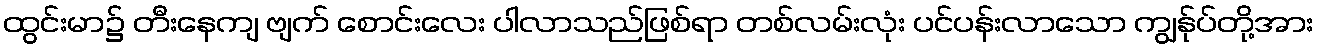
ထွင်းမာ၌ တီးနေကျ ဗျက် စောင်းလေး ပါလာသည်ဖြစ်ရာ တစ်လမ်းလုံး ပင်ပန်းလာသော ကျွန်ုပ်တို့အား